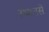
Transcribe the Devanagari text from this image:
स्थानसे